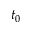
t _ { 0 }